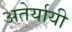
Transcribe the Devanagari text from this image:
अतेर्यायी